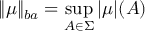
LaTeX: \| \mu \| _ { b a } = \sup _ { A \in \Sigma } | \mu | ( A )